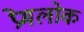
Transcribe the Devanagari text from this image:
प्रेमलोक